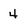
Character: 4